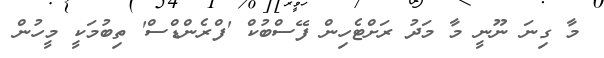
މާ ގިނަ ނޫނީ މާ މަދު ރަށްޓެހިން ފޭސްބުކް 'ފްރެންޑްސް' ތިބުމަކީ މީހުން